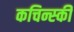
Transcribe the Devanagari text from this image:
कचिन्स्की